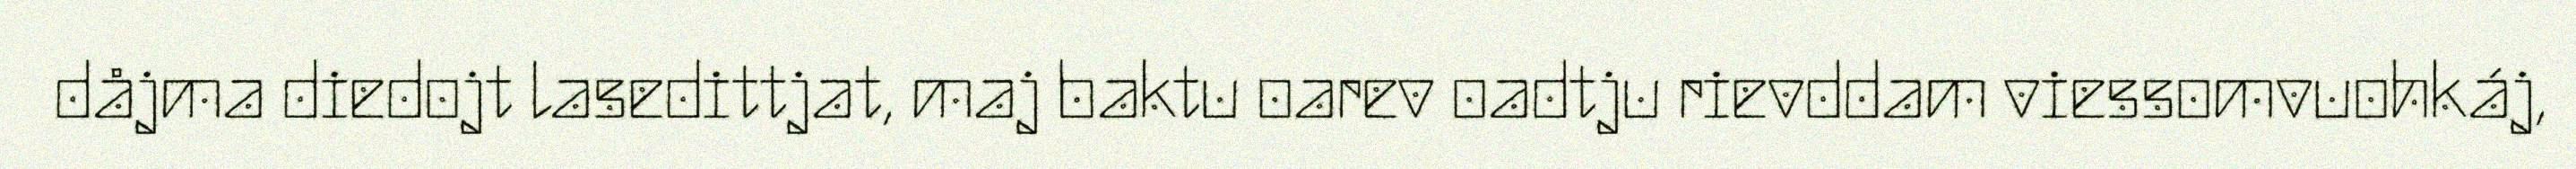
dåjma diedojt lasedittjat, maj baktu oarev oadtju rievddam viessomvuohkáj,